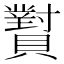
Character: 𬥫